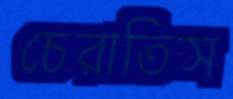
চেরাতিস